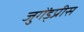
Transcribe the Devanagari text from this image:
जुगेंड्प्रीस